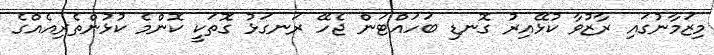
މިޒަމާނުގައި ރާޒުވާ ކުޅޭއިރު ގޮނޑި ބަހައްޓަން ޖެހޭ ރަނގަޅު ގޮތަކީ ކޮންމެ ކުޅުންތެރިއެއްގެ